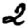
Digit: 2